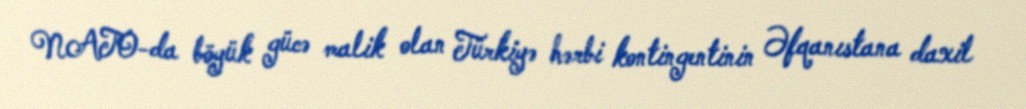
NATO-da böyük gücə malik olan Türkiyə hərbi kontingentinin Əfqanıstana daxil